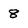
Character: 8